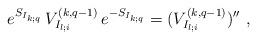
LaTeX: \begin{align*}e^{S_{I_{k;q}}}\,V^{(k,q-1)}_{I_{l;i}}\,e^{-S_{I_{k;q}}}=(V^{(k,q-1)}_{I_{l;i}})'' \,\,,\end{align*}